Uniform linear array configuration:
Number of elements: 8
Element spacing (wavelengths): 0.25
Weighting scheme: cosine
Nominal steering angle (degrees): -30
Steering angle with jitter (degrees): -31.817
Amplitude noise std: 0.05
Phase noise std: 0.05

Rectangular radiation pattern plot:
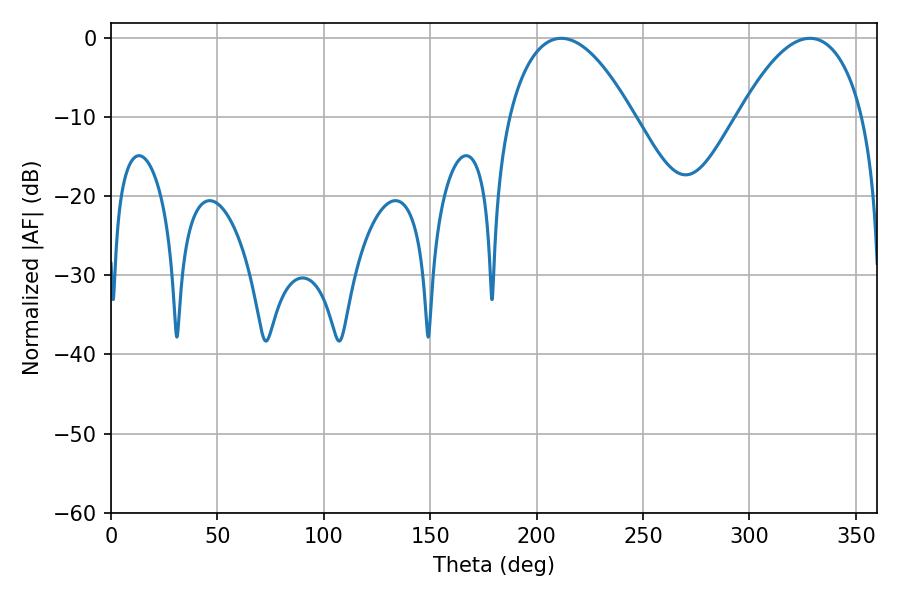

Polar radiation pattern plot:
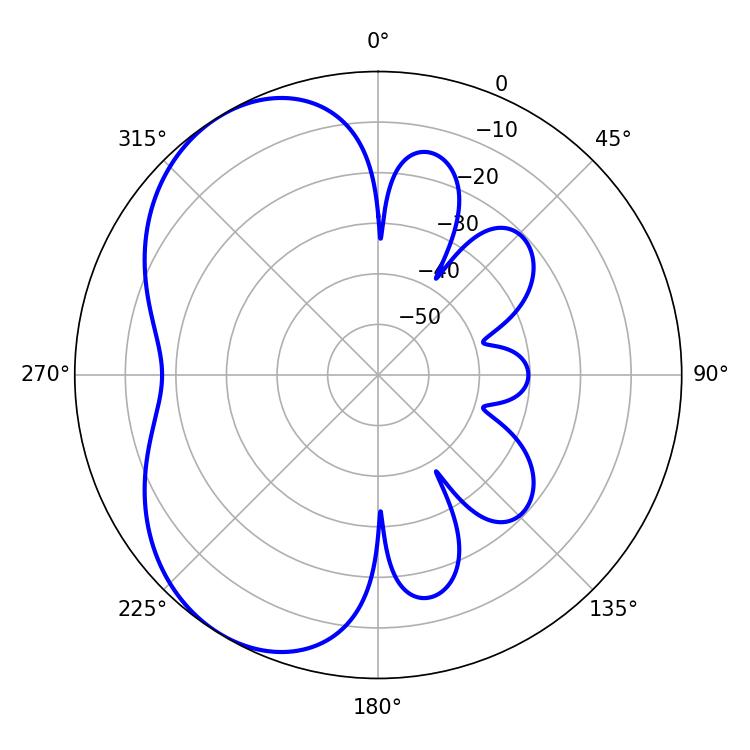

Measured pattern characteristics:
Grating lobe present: FALSE
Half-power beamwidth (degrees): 32.58
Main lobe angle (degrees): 211.5